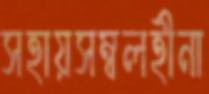
সহায়সম্বলহীনা